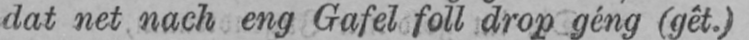
dat net nach eng Gafel foll drop géng (gêt.)